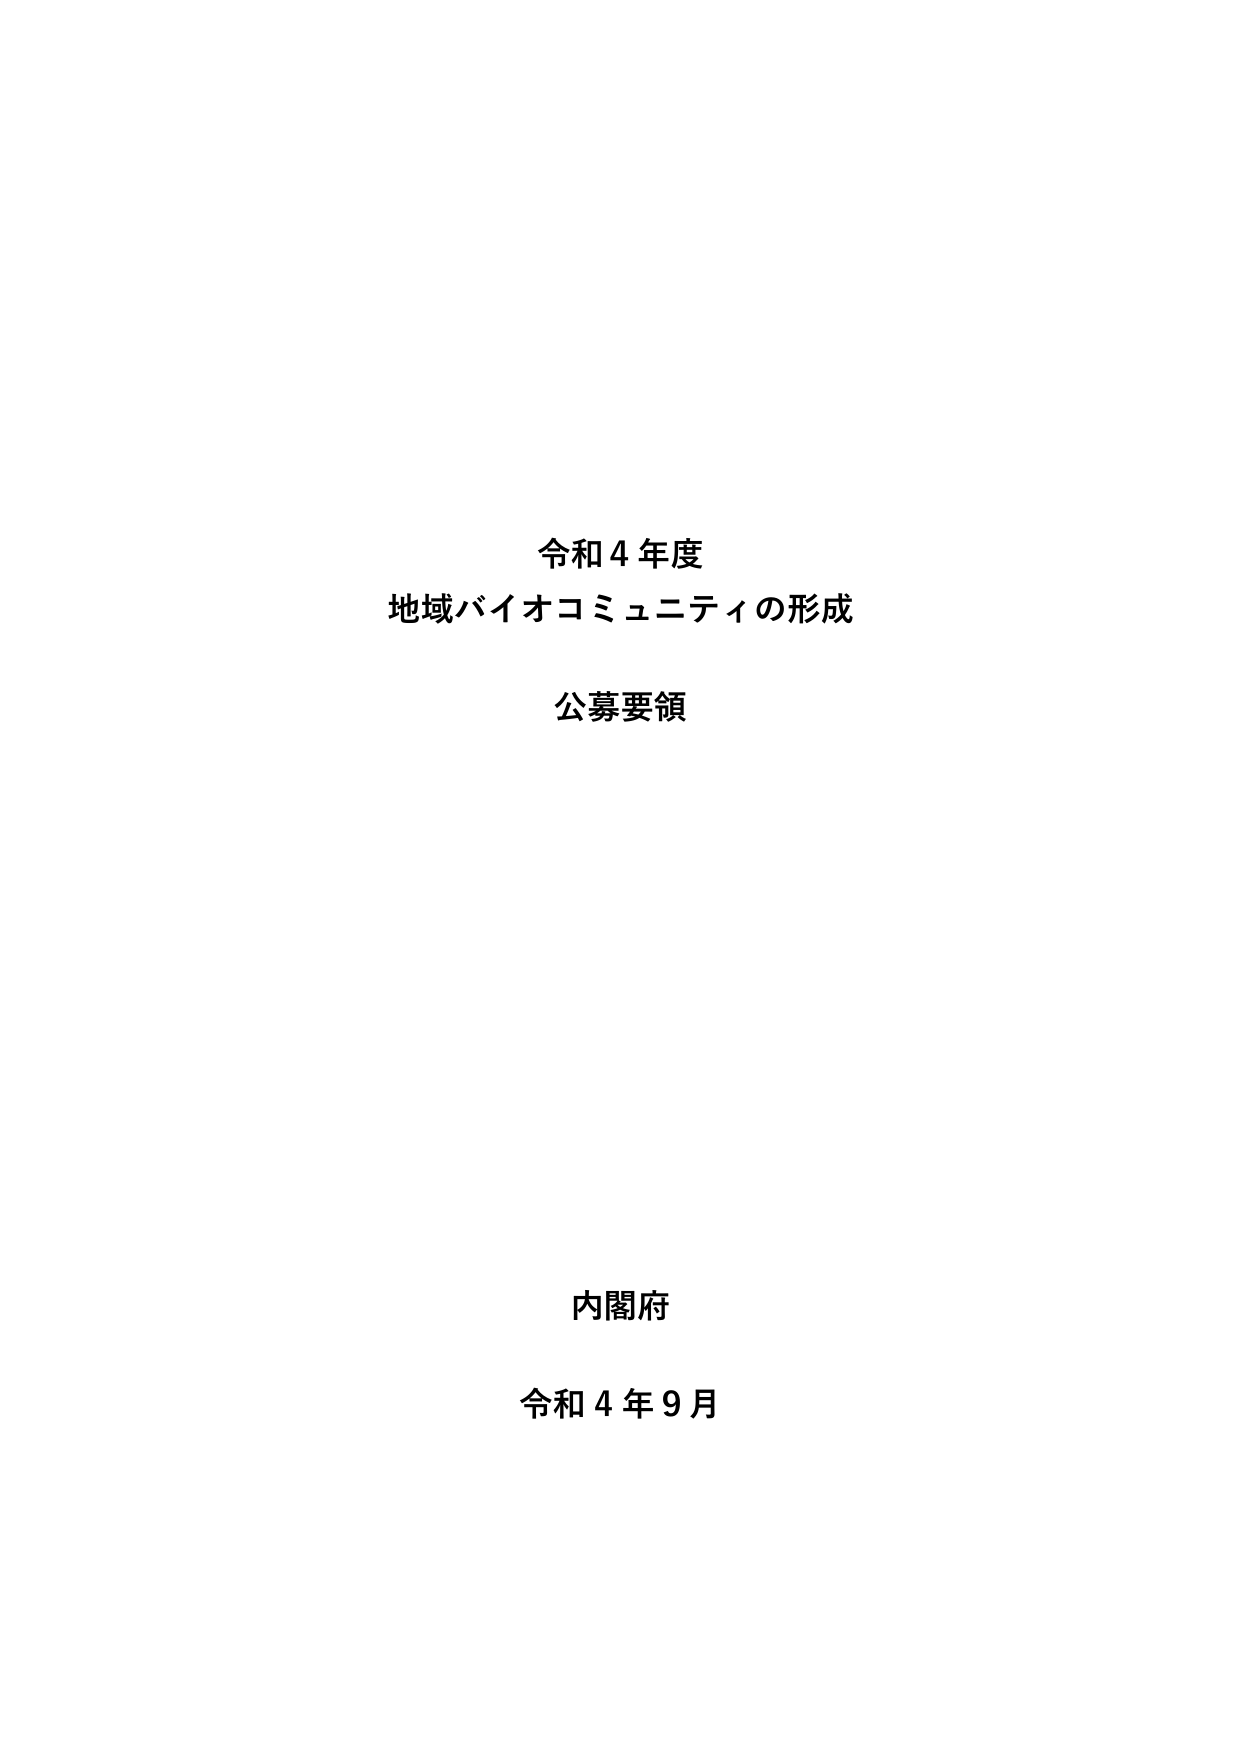
令和４年度
地域バイオコミュニティの形成
公募要領

内閣府
令和４年９月